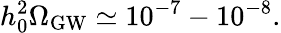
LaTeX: h_{0}^{2}\Omega_{\mathrm{GW}}\simeq 10^{-7}-10^{-8}.